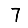
Digit: 7